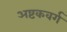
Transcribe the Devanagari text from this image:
अष्टकवर्ग